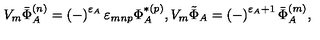
V _ { m } \bar { \Phi } _ { A } ^ { ( n ) } = \left( - \right) ^ { \varepsilon _ { A } } \varepsilon _ { m n p } \Phi _ { A } ^ { * ( p ) } , V _ { m } \tilde { \Phi } _ { A } = \left( - \right) ^ { \varepsilon _ { A } + 1 } \bar { \Phi } _ { A } ^ { ( m ) } ,